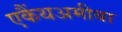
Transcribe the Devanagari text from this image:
एकैंथअमीबा